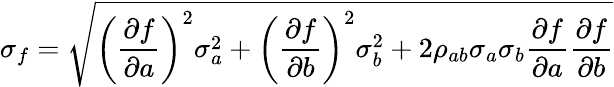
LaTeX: \sigma_{f}=\sqrt{\left(\frac{\partial f}{\partial a}\right)^{2}\sigma_{a}^{2}+\left(\frac{\partial f}{\partial b}\right)^{2}\sigma_{b}^{2}+2\rho_{ab}\sigma_{a}\sigma_{b}\frac{\partial f}{\partial a}\frac{\partial f}{\partial b}}